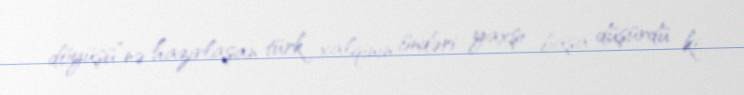
döyüşü”nə hazırlaşan türk xalqının öndəri yaxşı başa düşürdü ki.